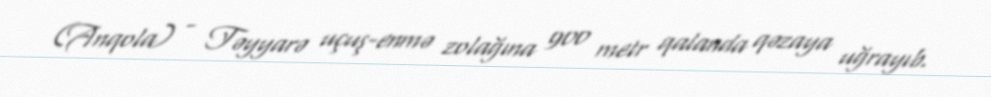
(Anqola) - Təyyarə uçuş-enmə zolağına 900 metr qalanda qəzaya uğrayıb.